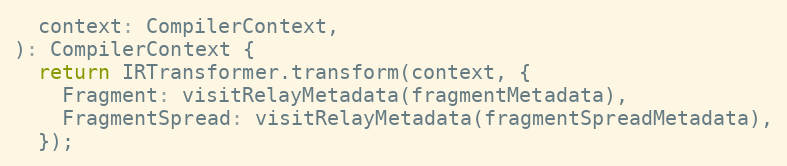
Language: JavaScript
  context: CompilerContext,
): CompilerContext {
  return IRTransformer.transform(context, {
    Fragment: visitRelayMetadata(fragmentMetadata),
    FragmentSpread: visitRelayMetadata(fragmentSpreadMetadata),
  });